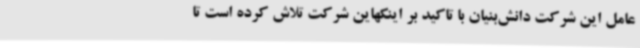
عامل این شرکت دانش‌بنیان با تاکید بر اینکهاین شرکت تلاش کرده است تا